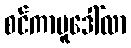
စင်ကာပူဒေါ်လာ